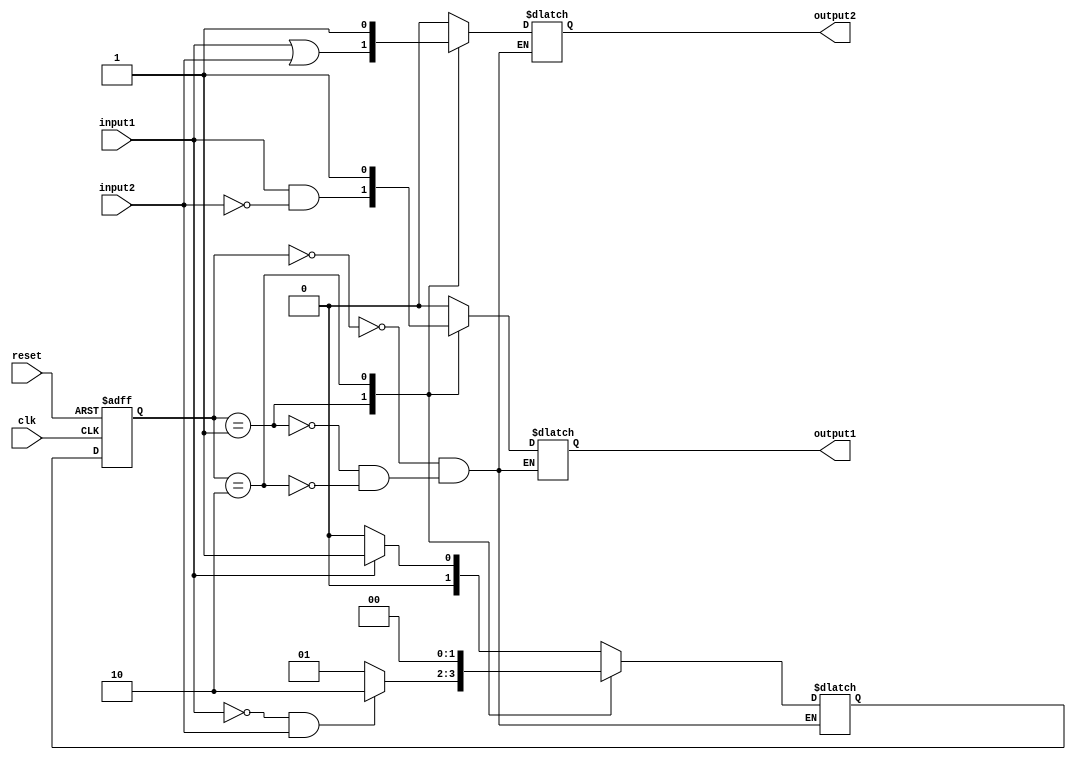
module moore_state_machine (
  input wire clk,
  input wire reset,
  input wire input1,
  input wire input2,
  output reg output1,
  output reg output2
);

// Define states
parameter IDLE = 2'b00;
parameter STATE1 = 2'b01;
parameter STATE2 = 2'b10;

// Define outputs for each state
always @*
begin
  case(state)
    IDLE: begin
      output1 = 1'b0;
      output2 = 1'b0;
    end
    STATE1: begin
      output1 = input1 & ~input2;
      output2 = input1 | input2;
    end
    STATE2: begin
      output1 = 1'b1;
      output2 = 1'b1;
    end
  endcase
end

// Define state register
reg [1:0] state, next_state;

always @ (posedge clk or posedge reset)
begin
  if (reset)
    state <= IDLE;
  else
    state <= next_state;
end

// Define transition conditions
always @*
begin
  case(state)
    IDLE: begin
      if (input1)
        next_state = STATE1;
      else
        next_state = IDLE;
    end
    STATE1: begin
      if (~input1 & input2)
        next_state = STATE2;
      else
        next_state = STATE1;
    end
    STATE2: begin
      next_state = IDLE;
    end
  endcase
end

endmodule